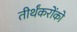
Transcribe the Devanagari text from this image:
तीर्थंकरोंको